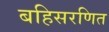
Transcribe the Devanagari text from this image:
बहिसरणित